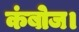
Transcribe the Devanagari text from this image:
कंबोज।